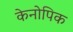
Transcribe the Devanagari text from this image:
केनोपिक